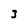
Character: 3